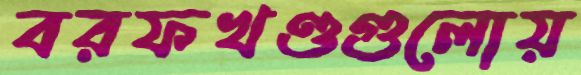
বরফখণ্ডগুলোয়